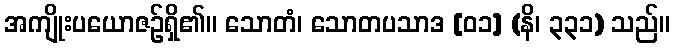
အကျိုးပယောဇဉ်ရှိ၏။ သောတံ၊ သောတပသာဒ [၀၁] (နိ၊ ၃၃၁) သည်။